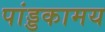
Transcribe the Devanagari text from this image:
पांड्डकामय